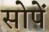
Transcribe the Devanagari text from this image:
सोपें